Bréfritari: Aðalbjartur Bjarnason (Albert Arnason)
Dagsetning: A-1884-07-29
Skrifað á: Vesturheimi

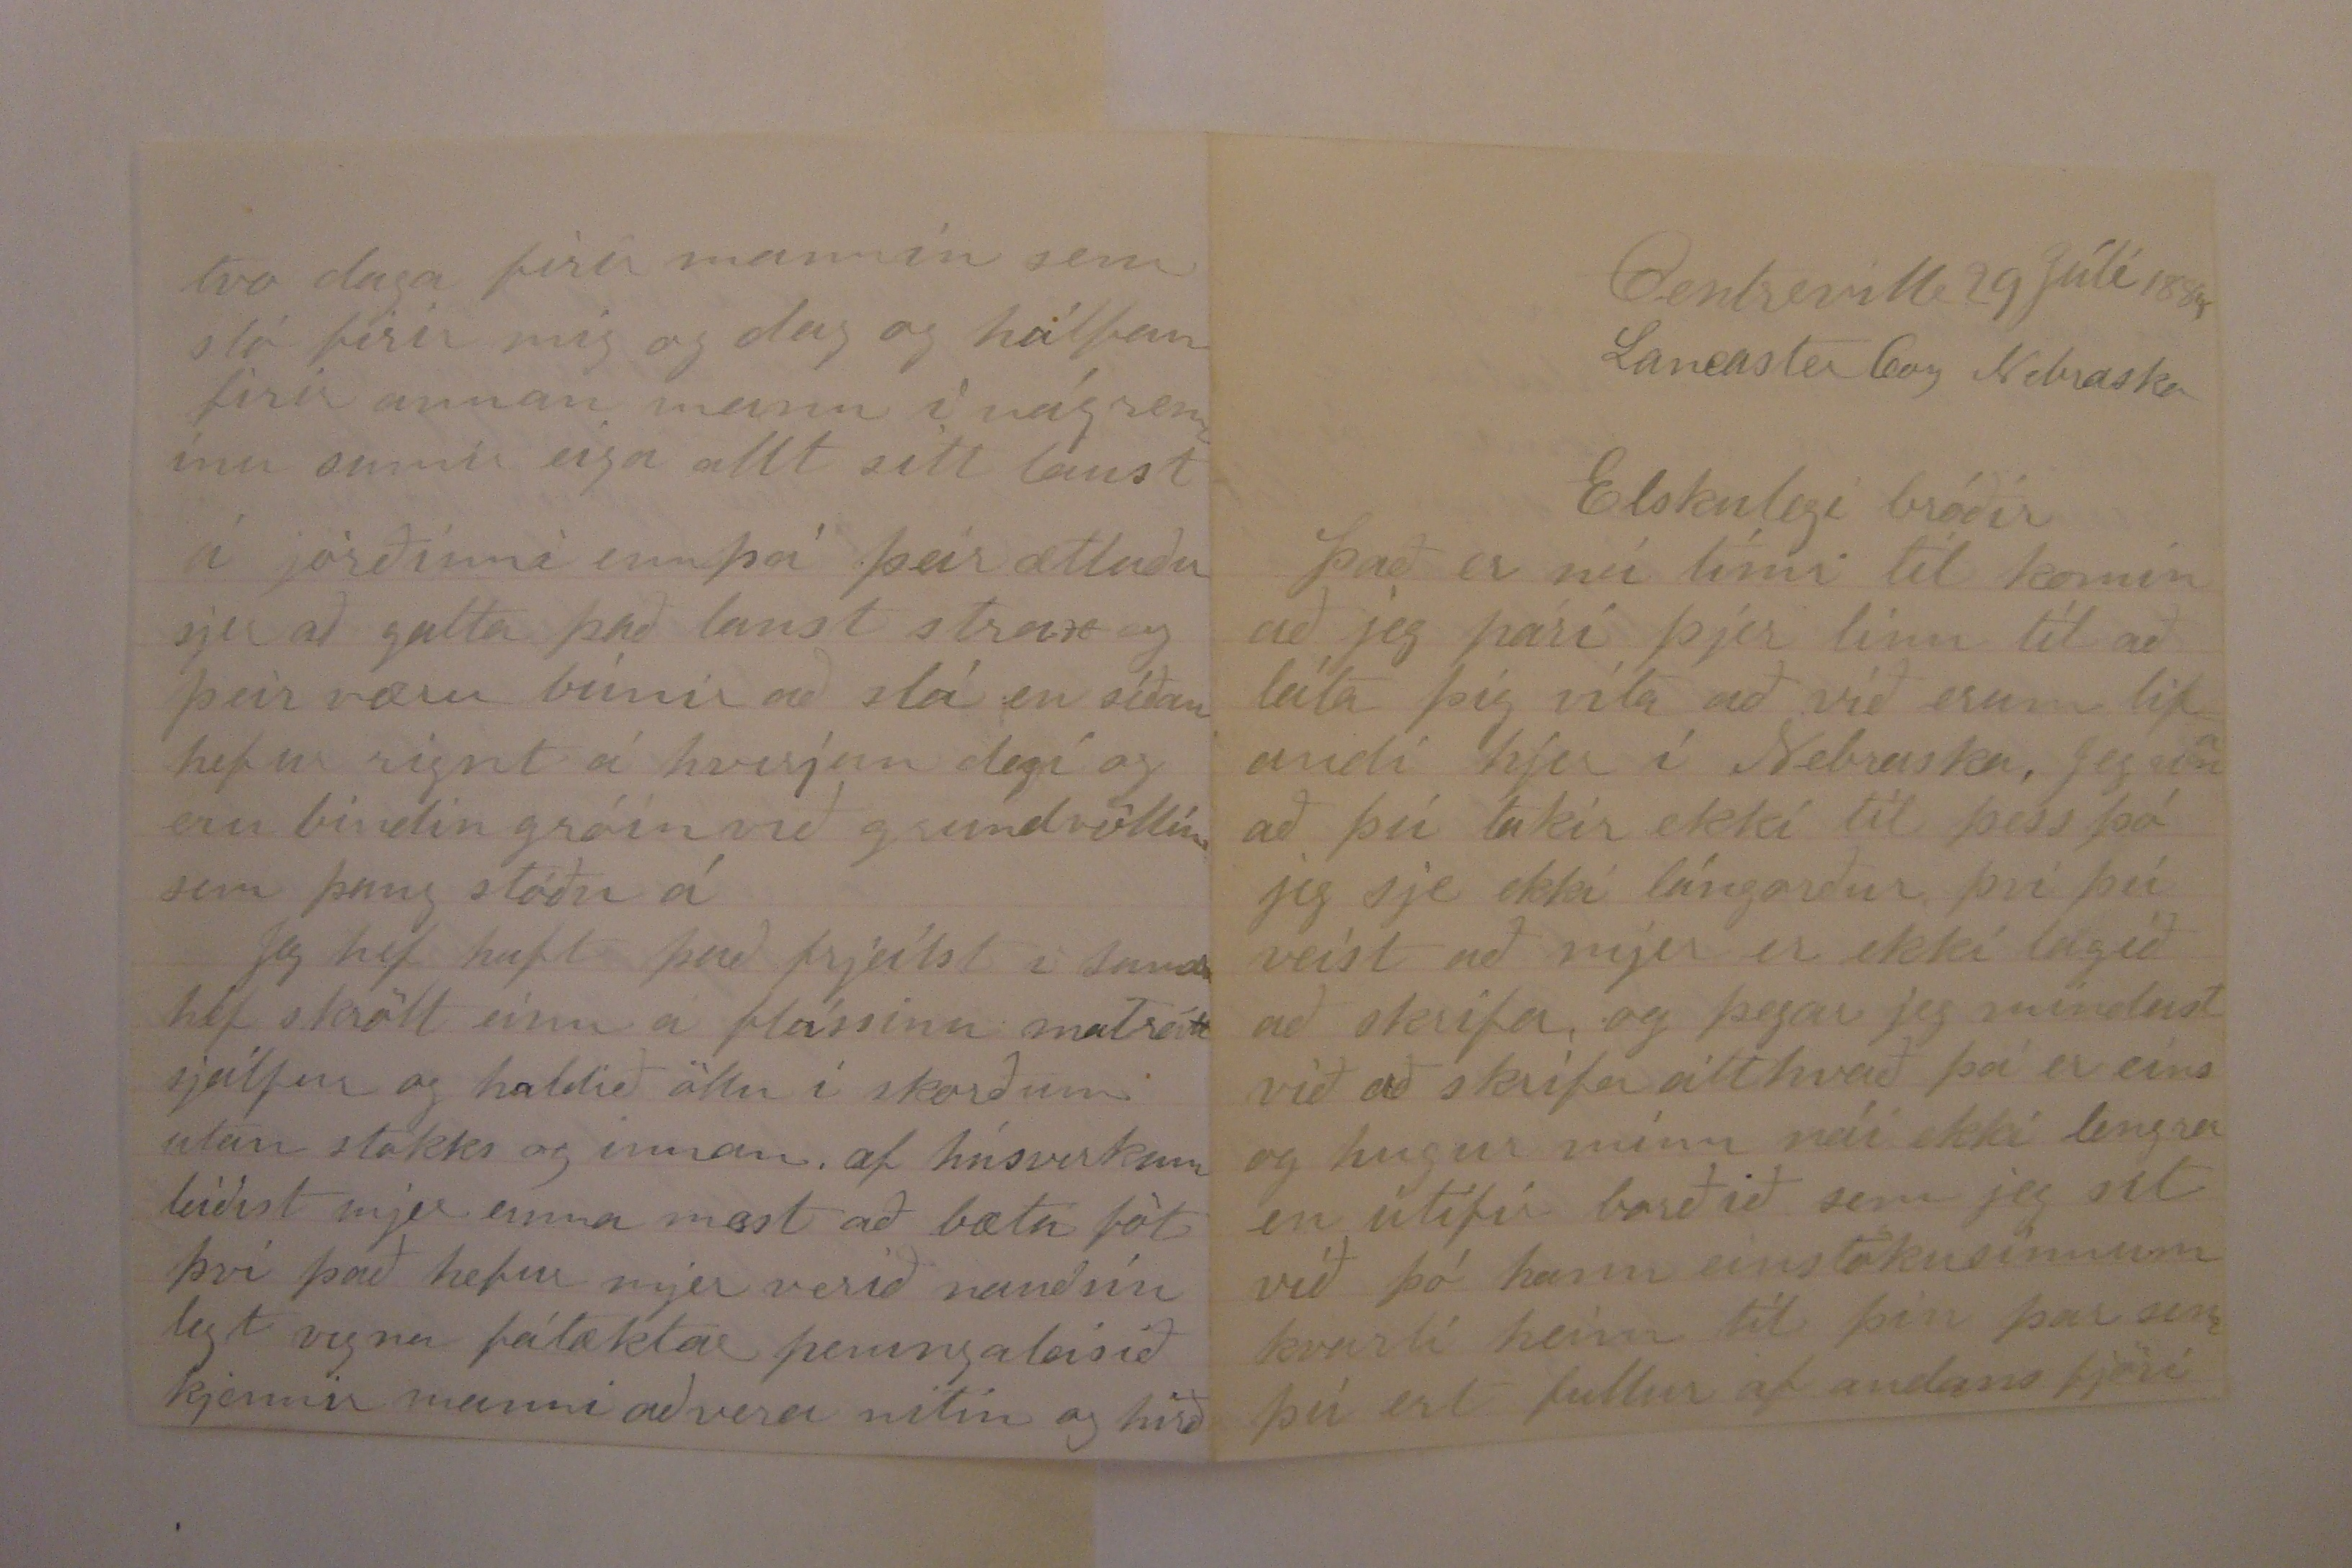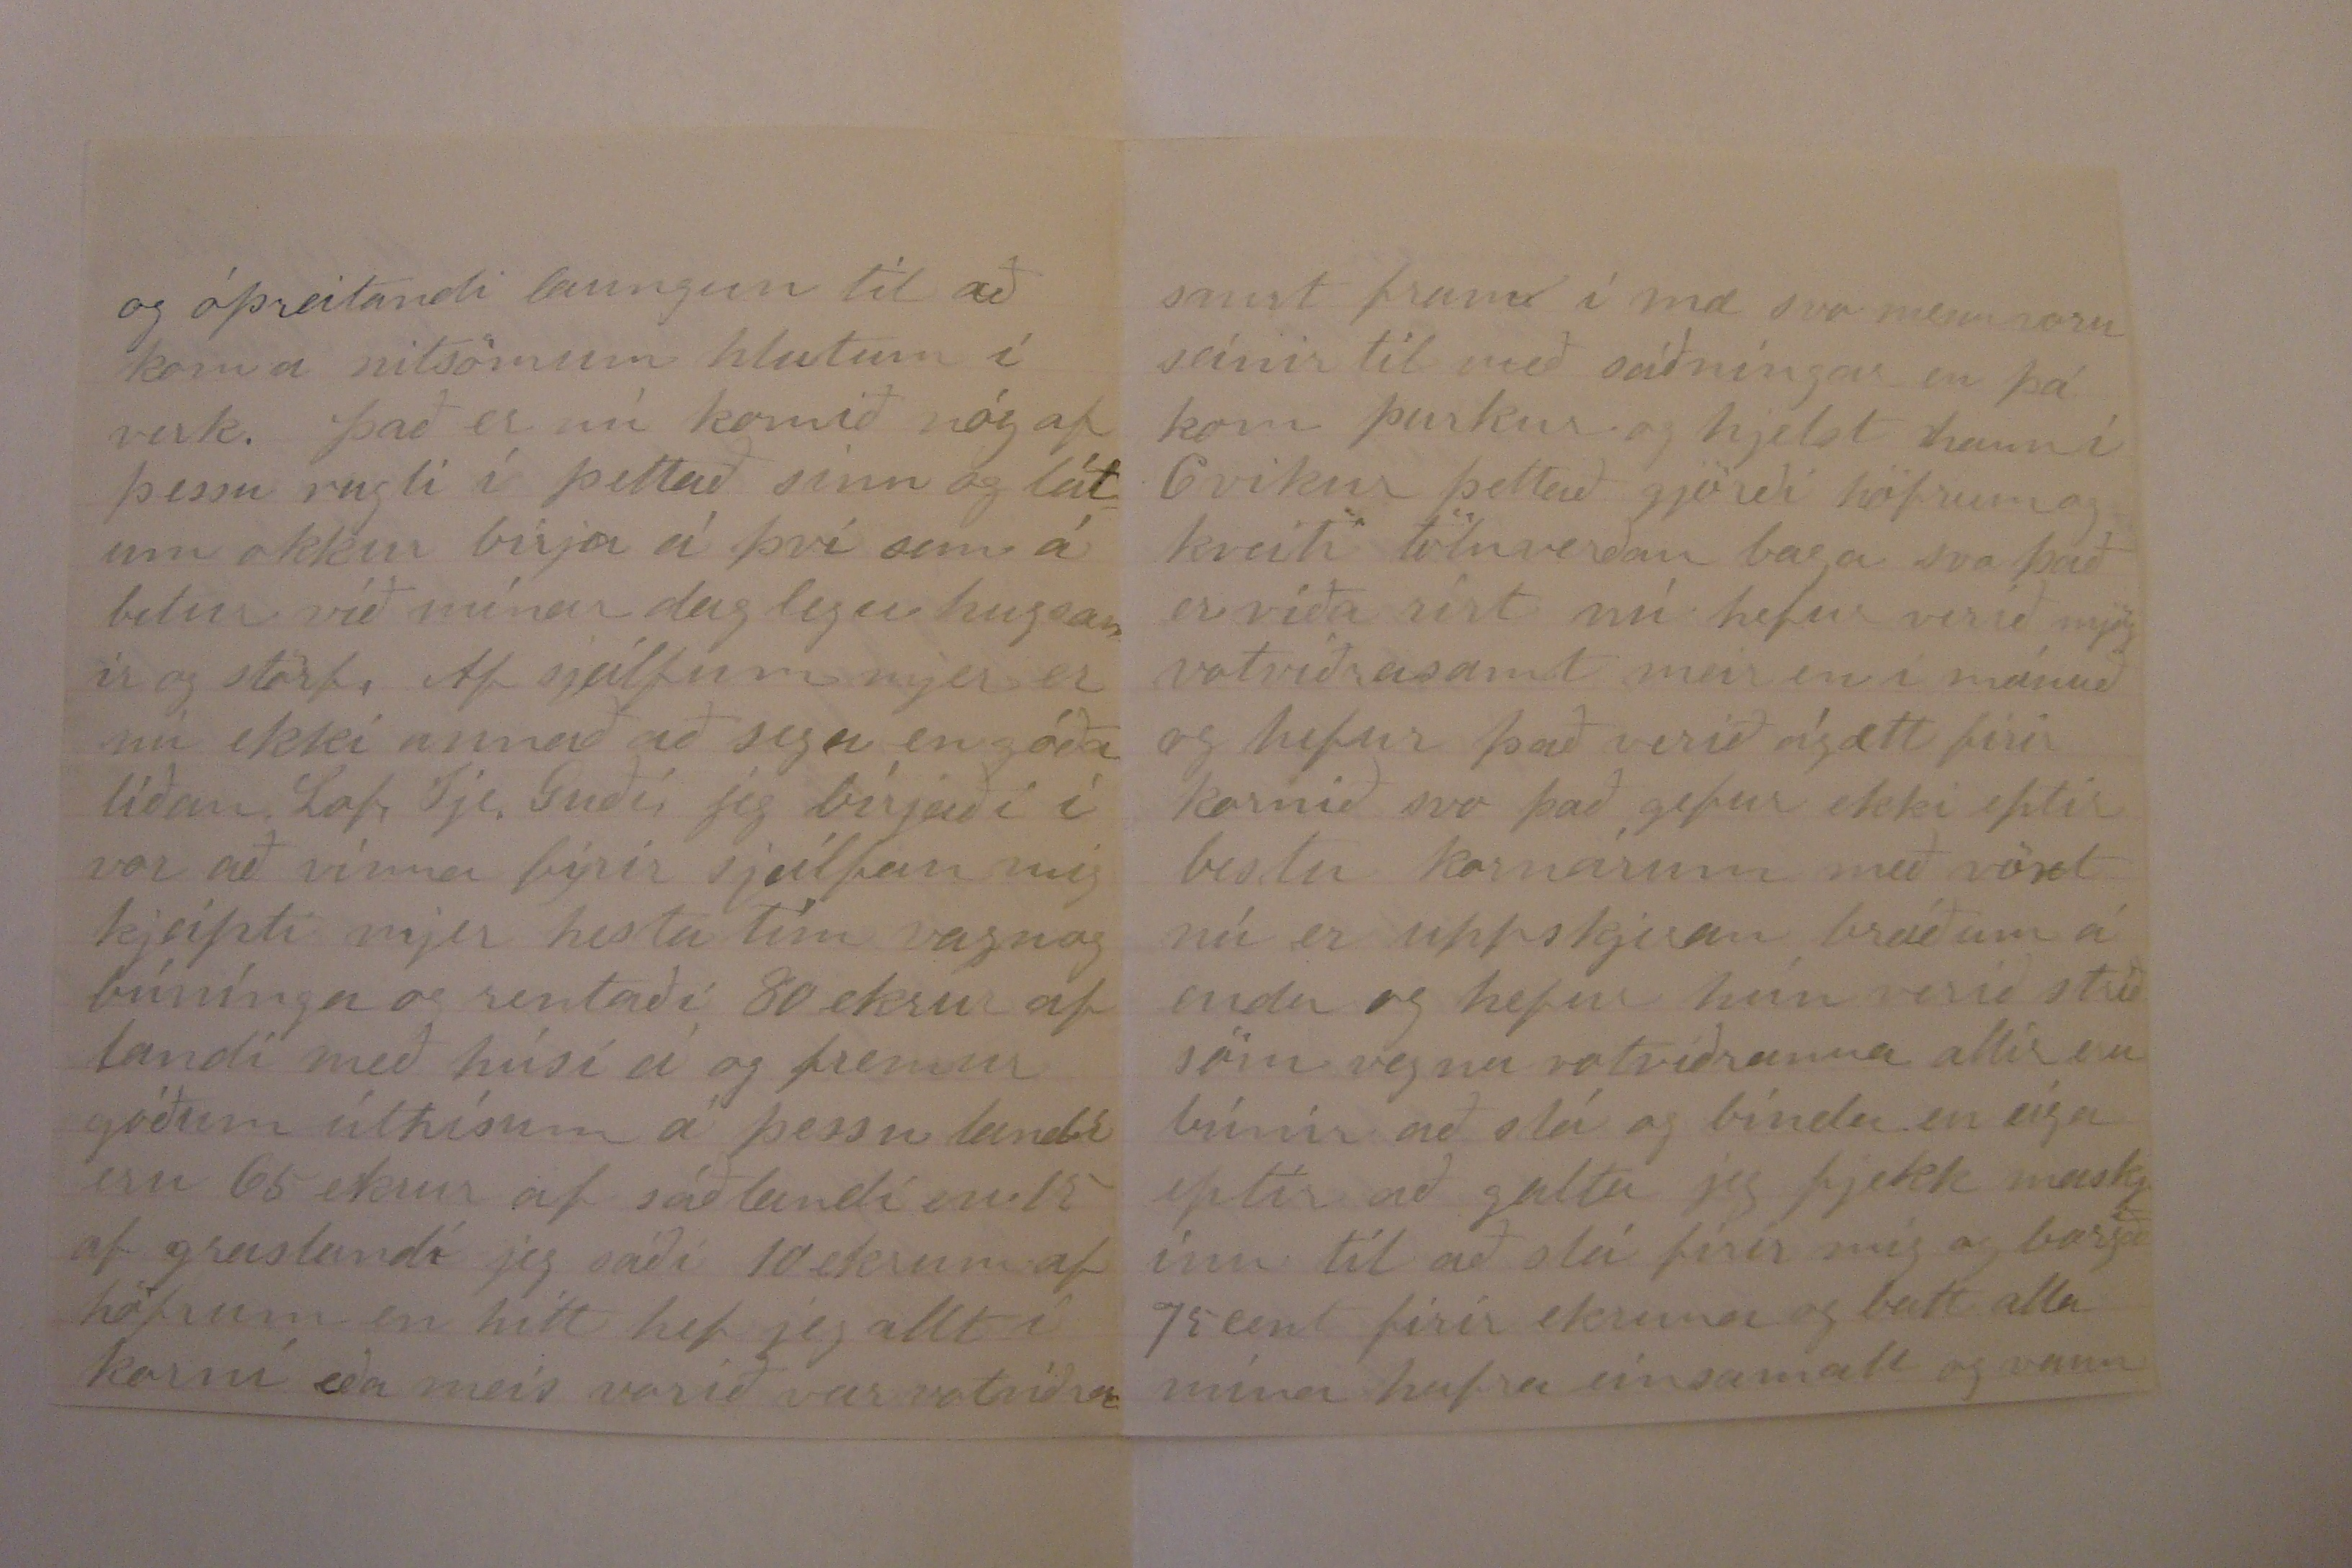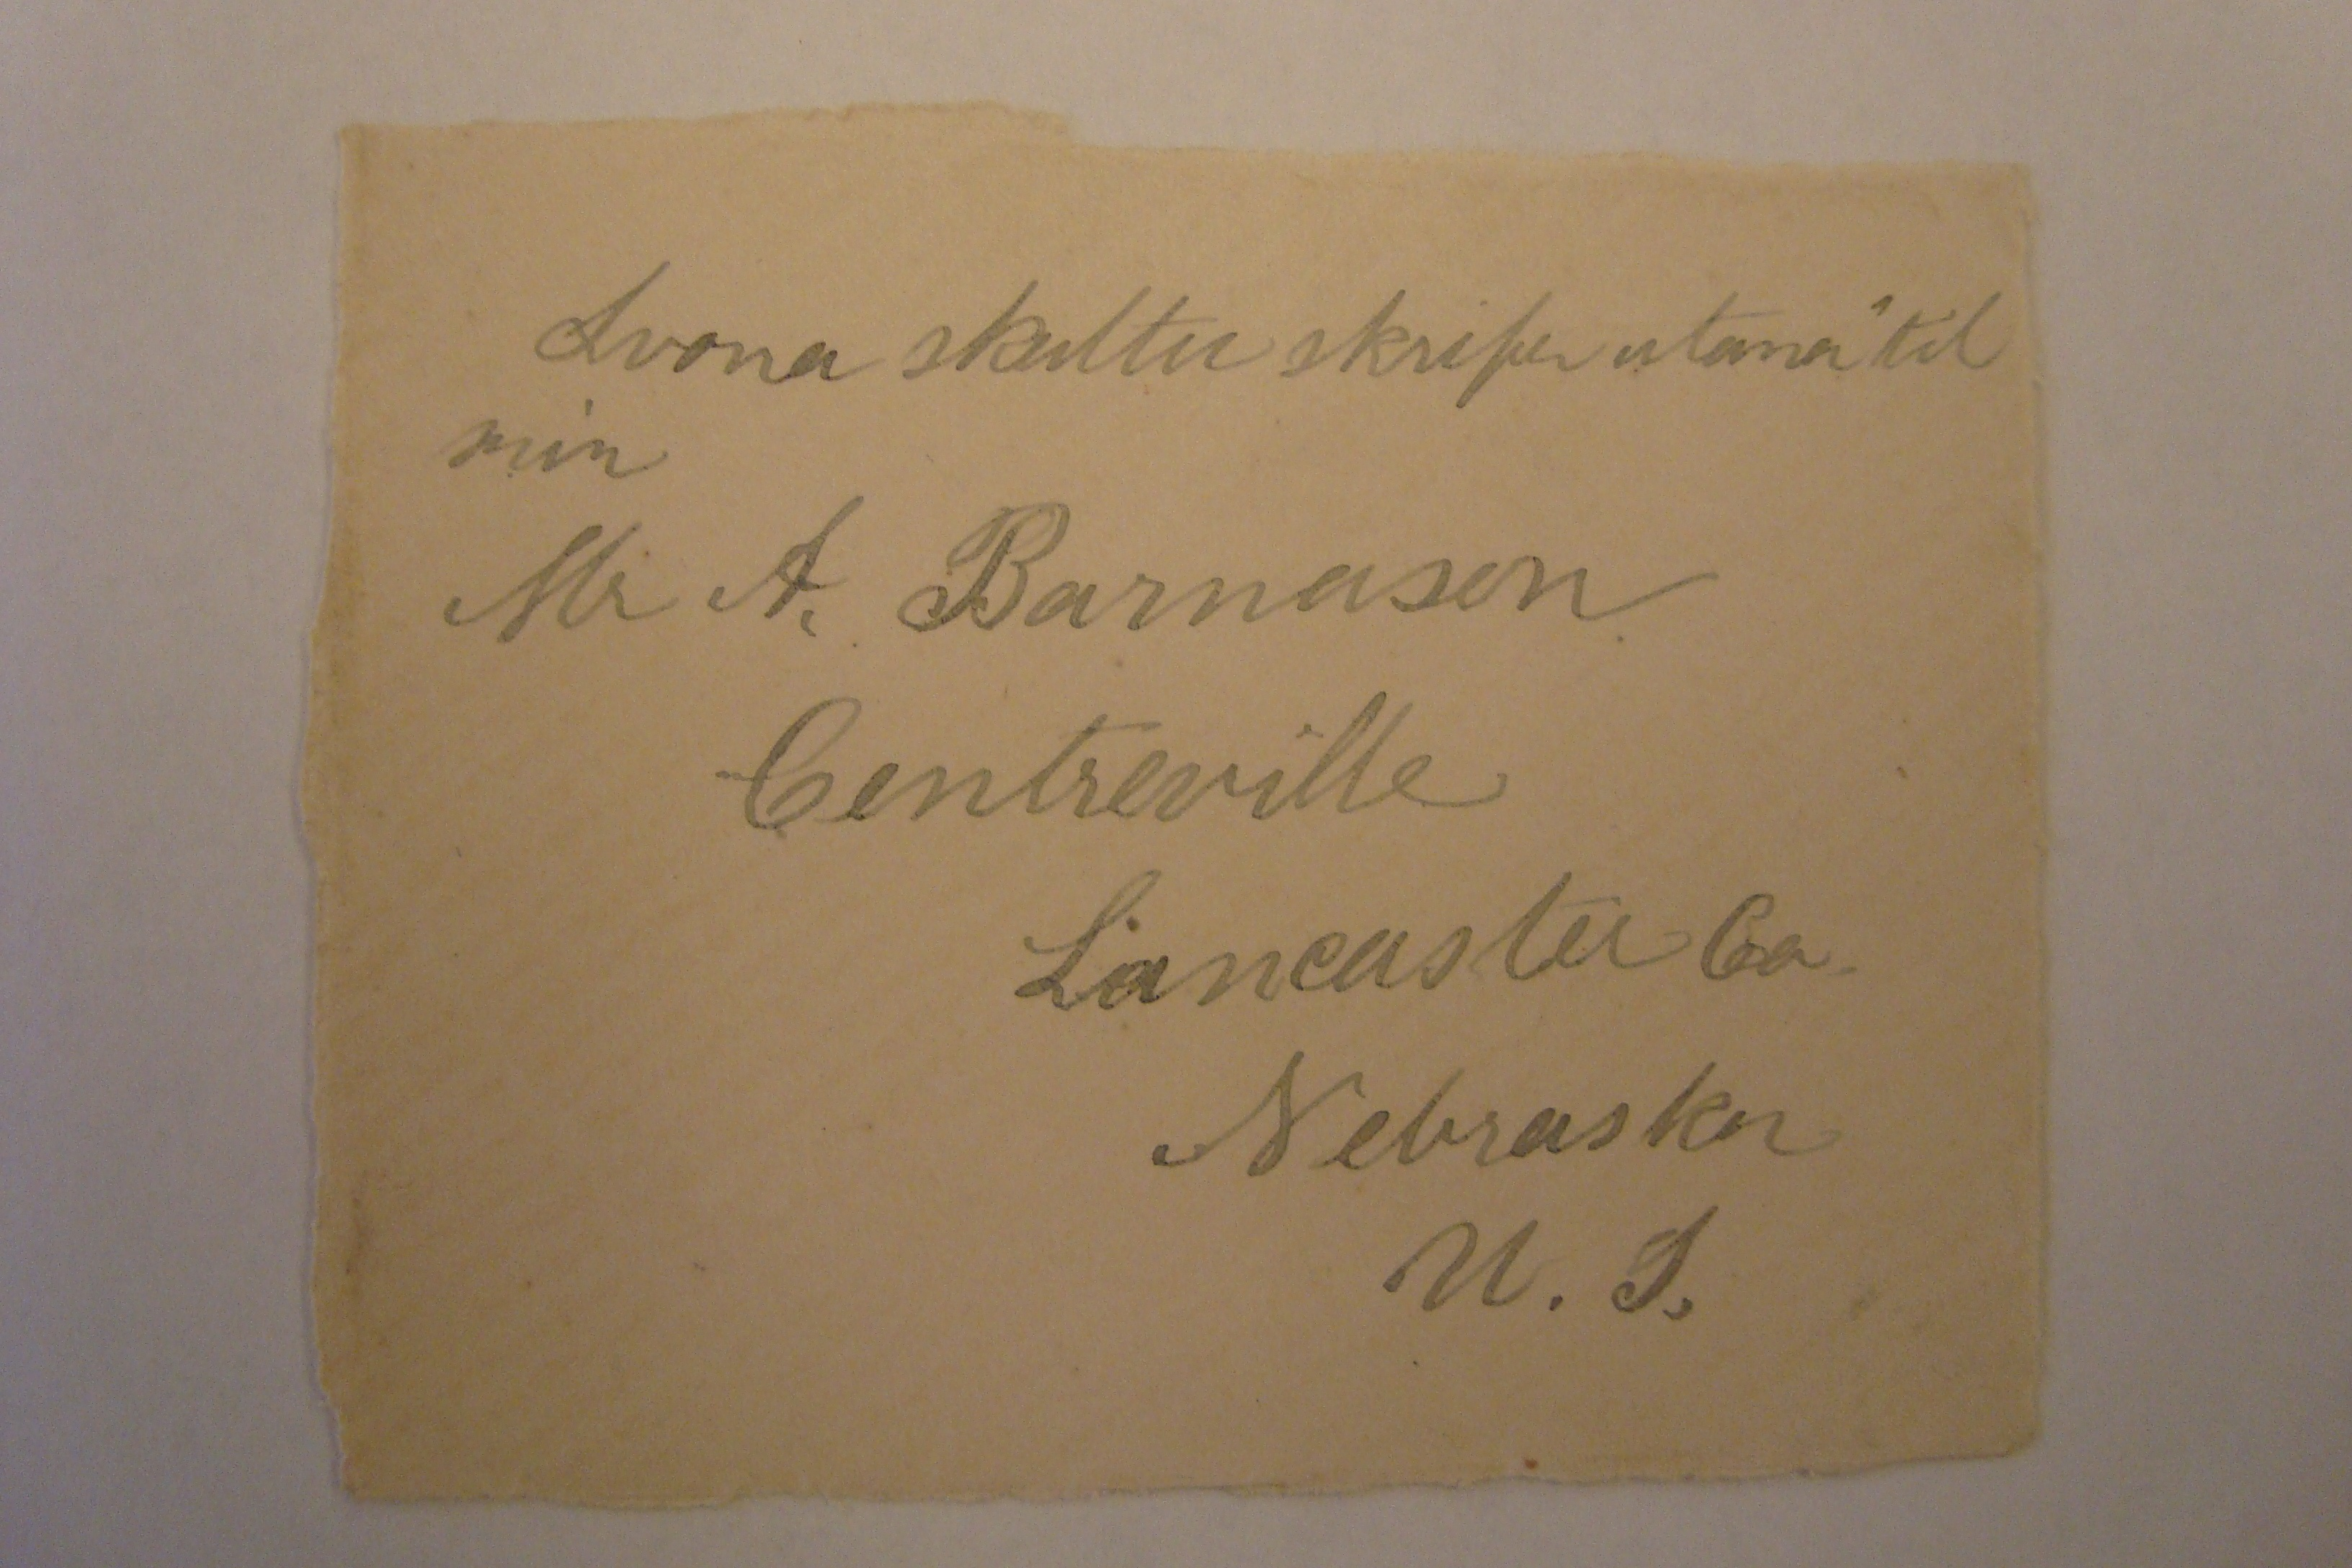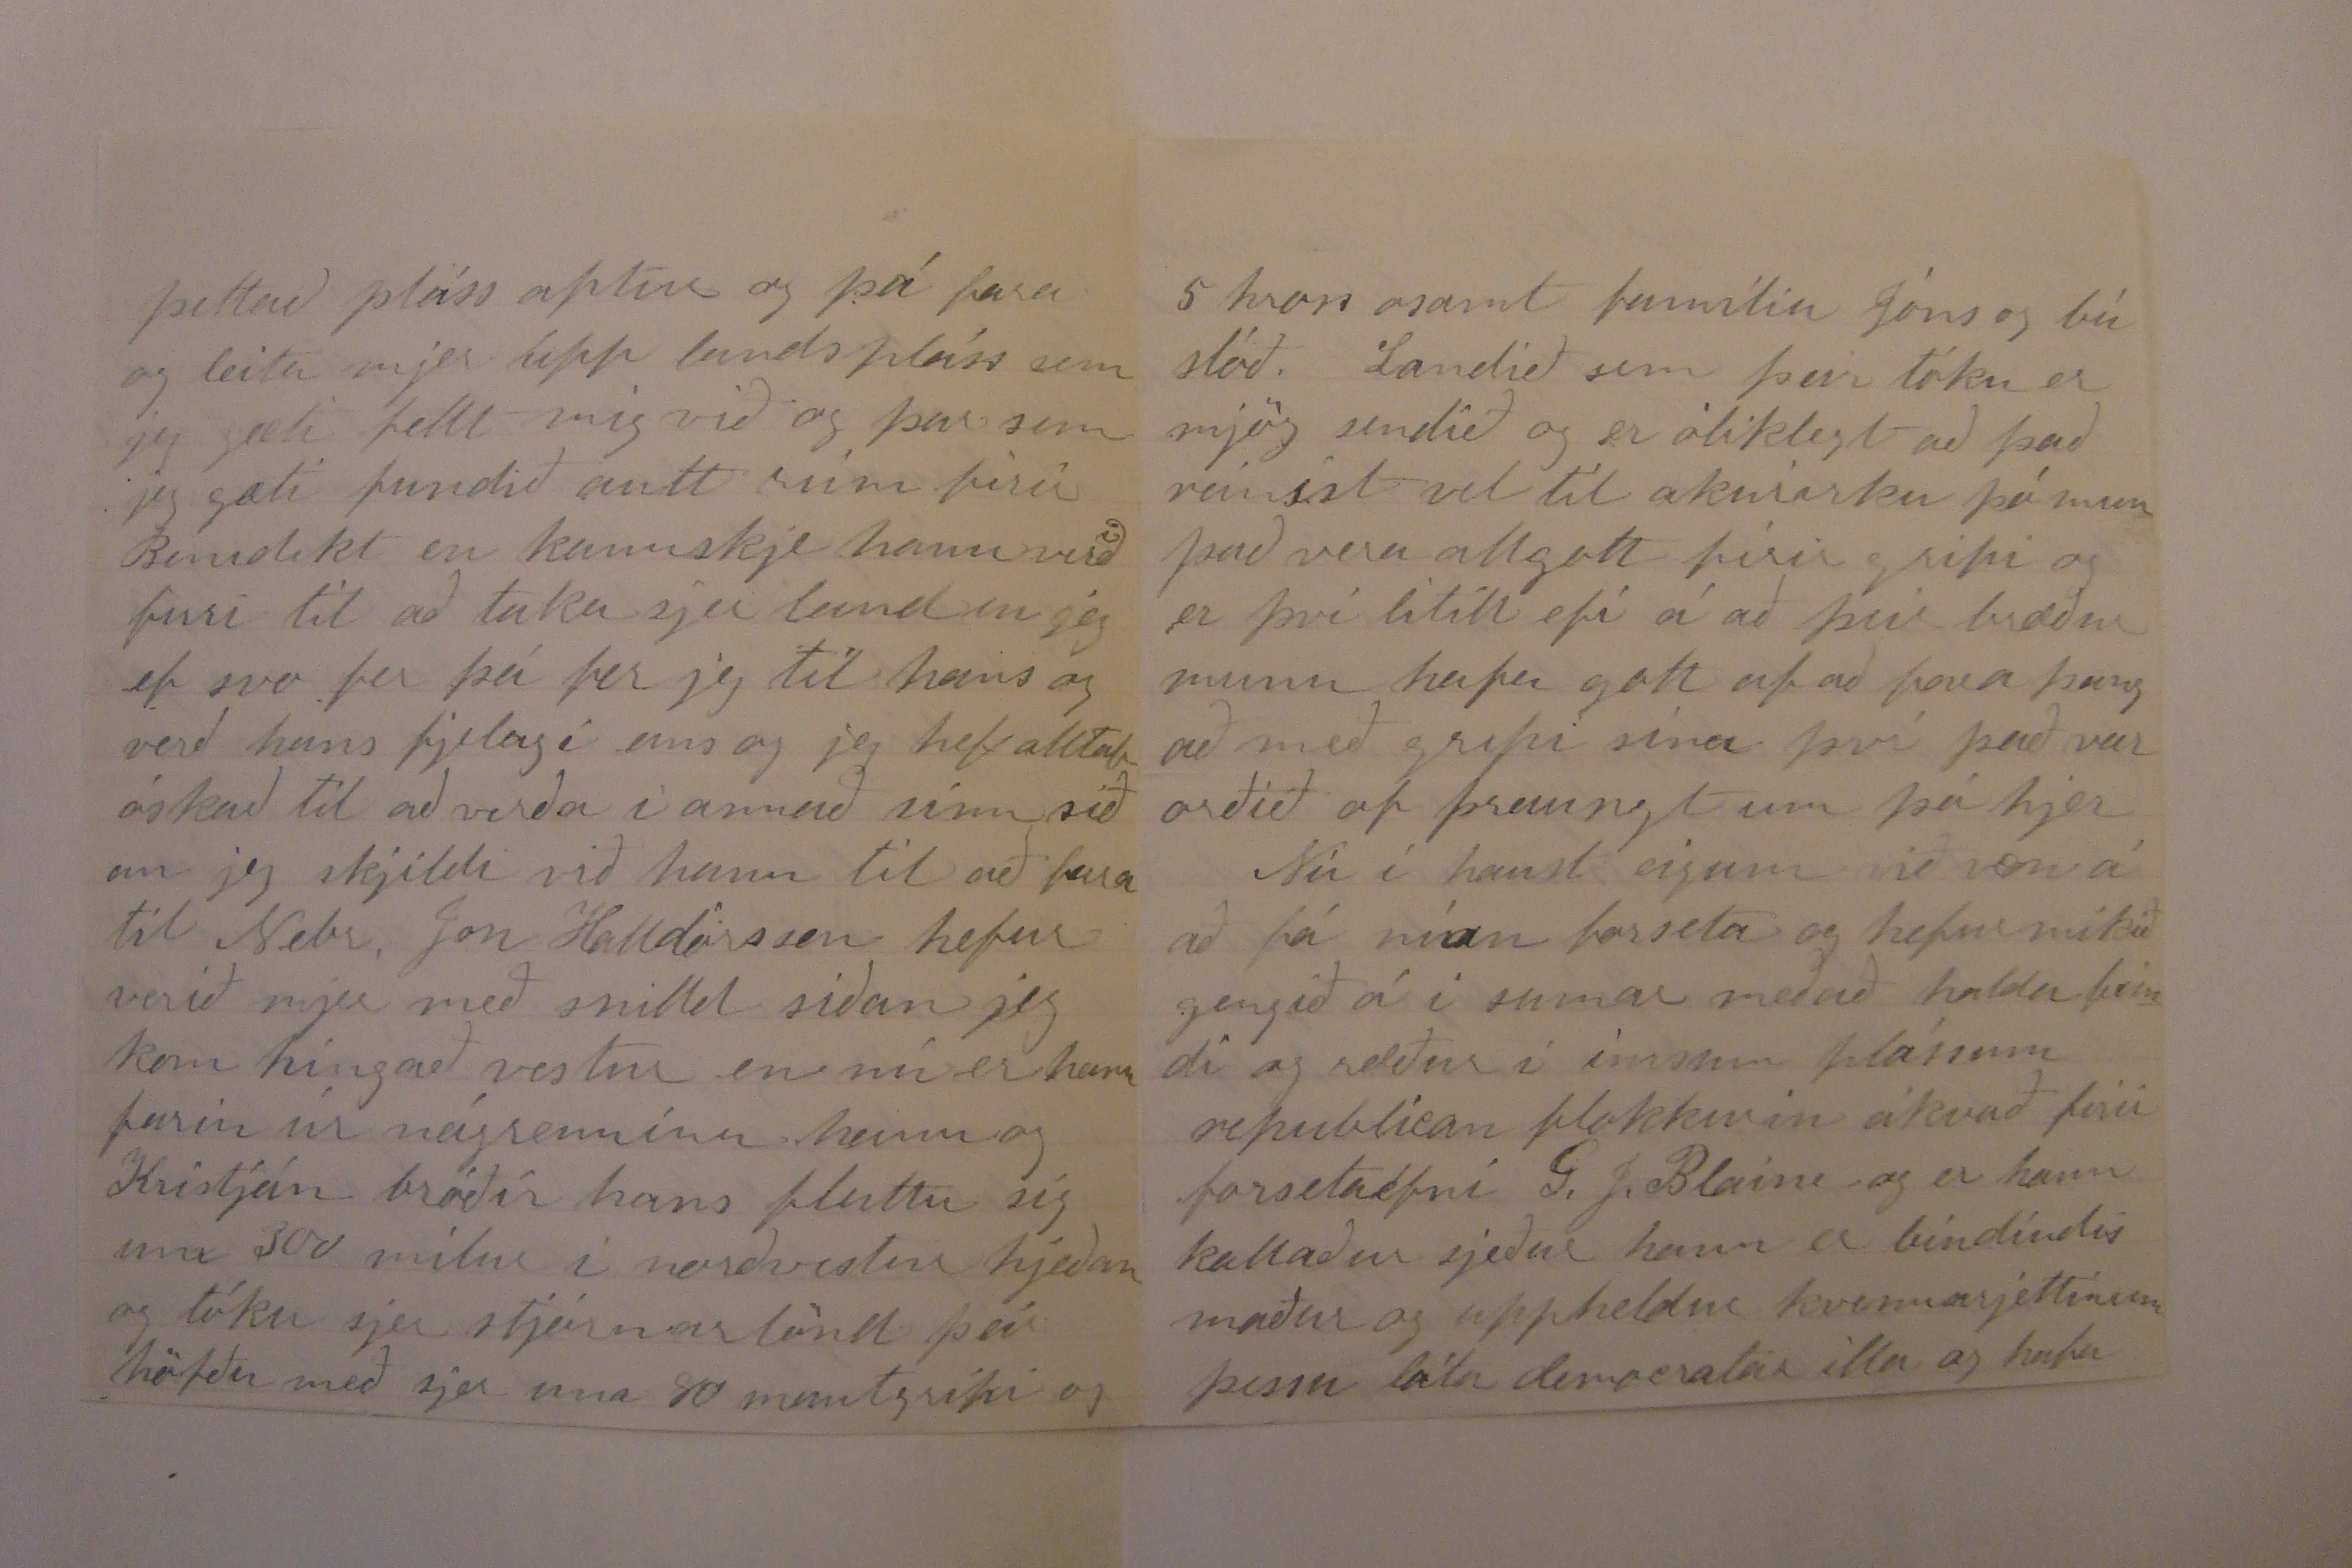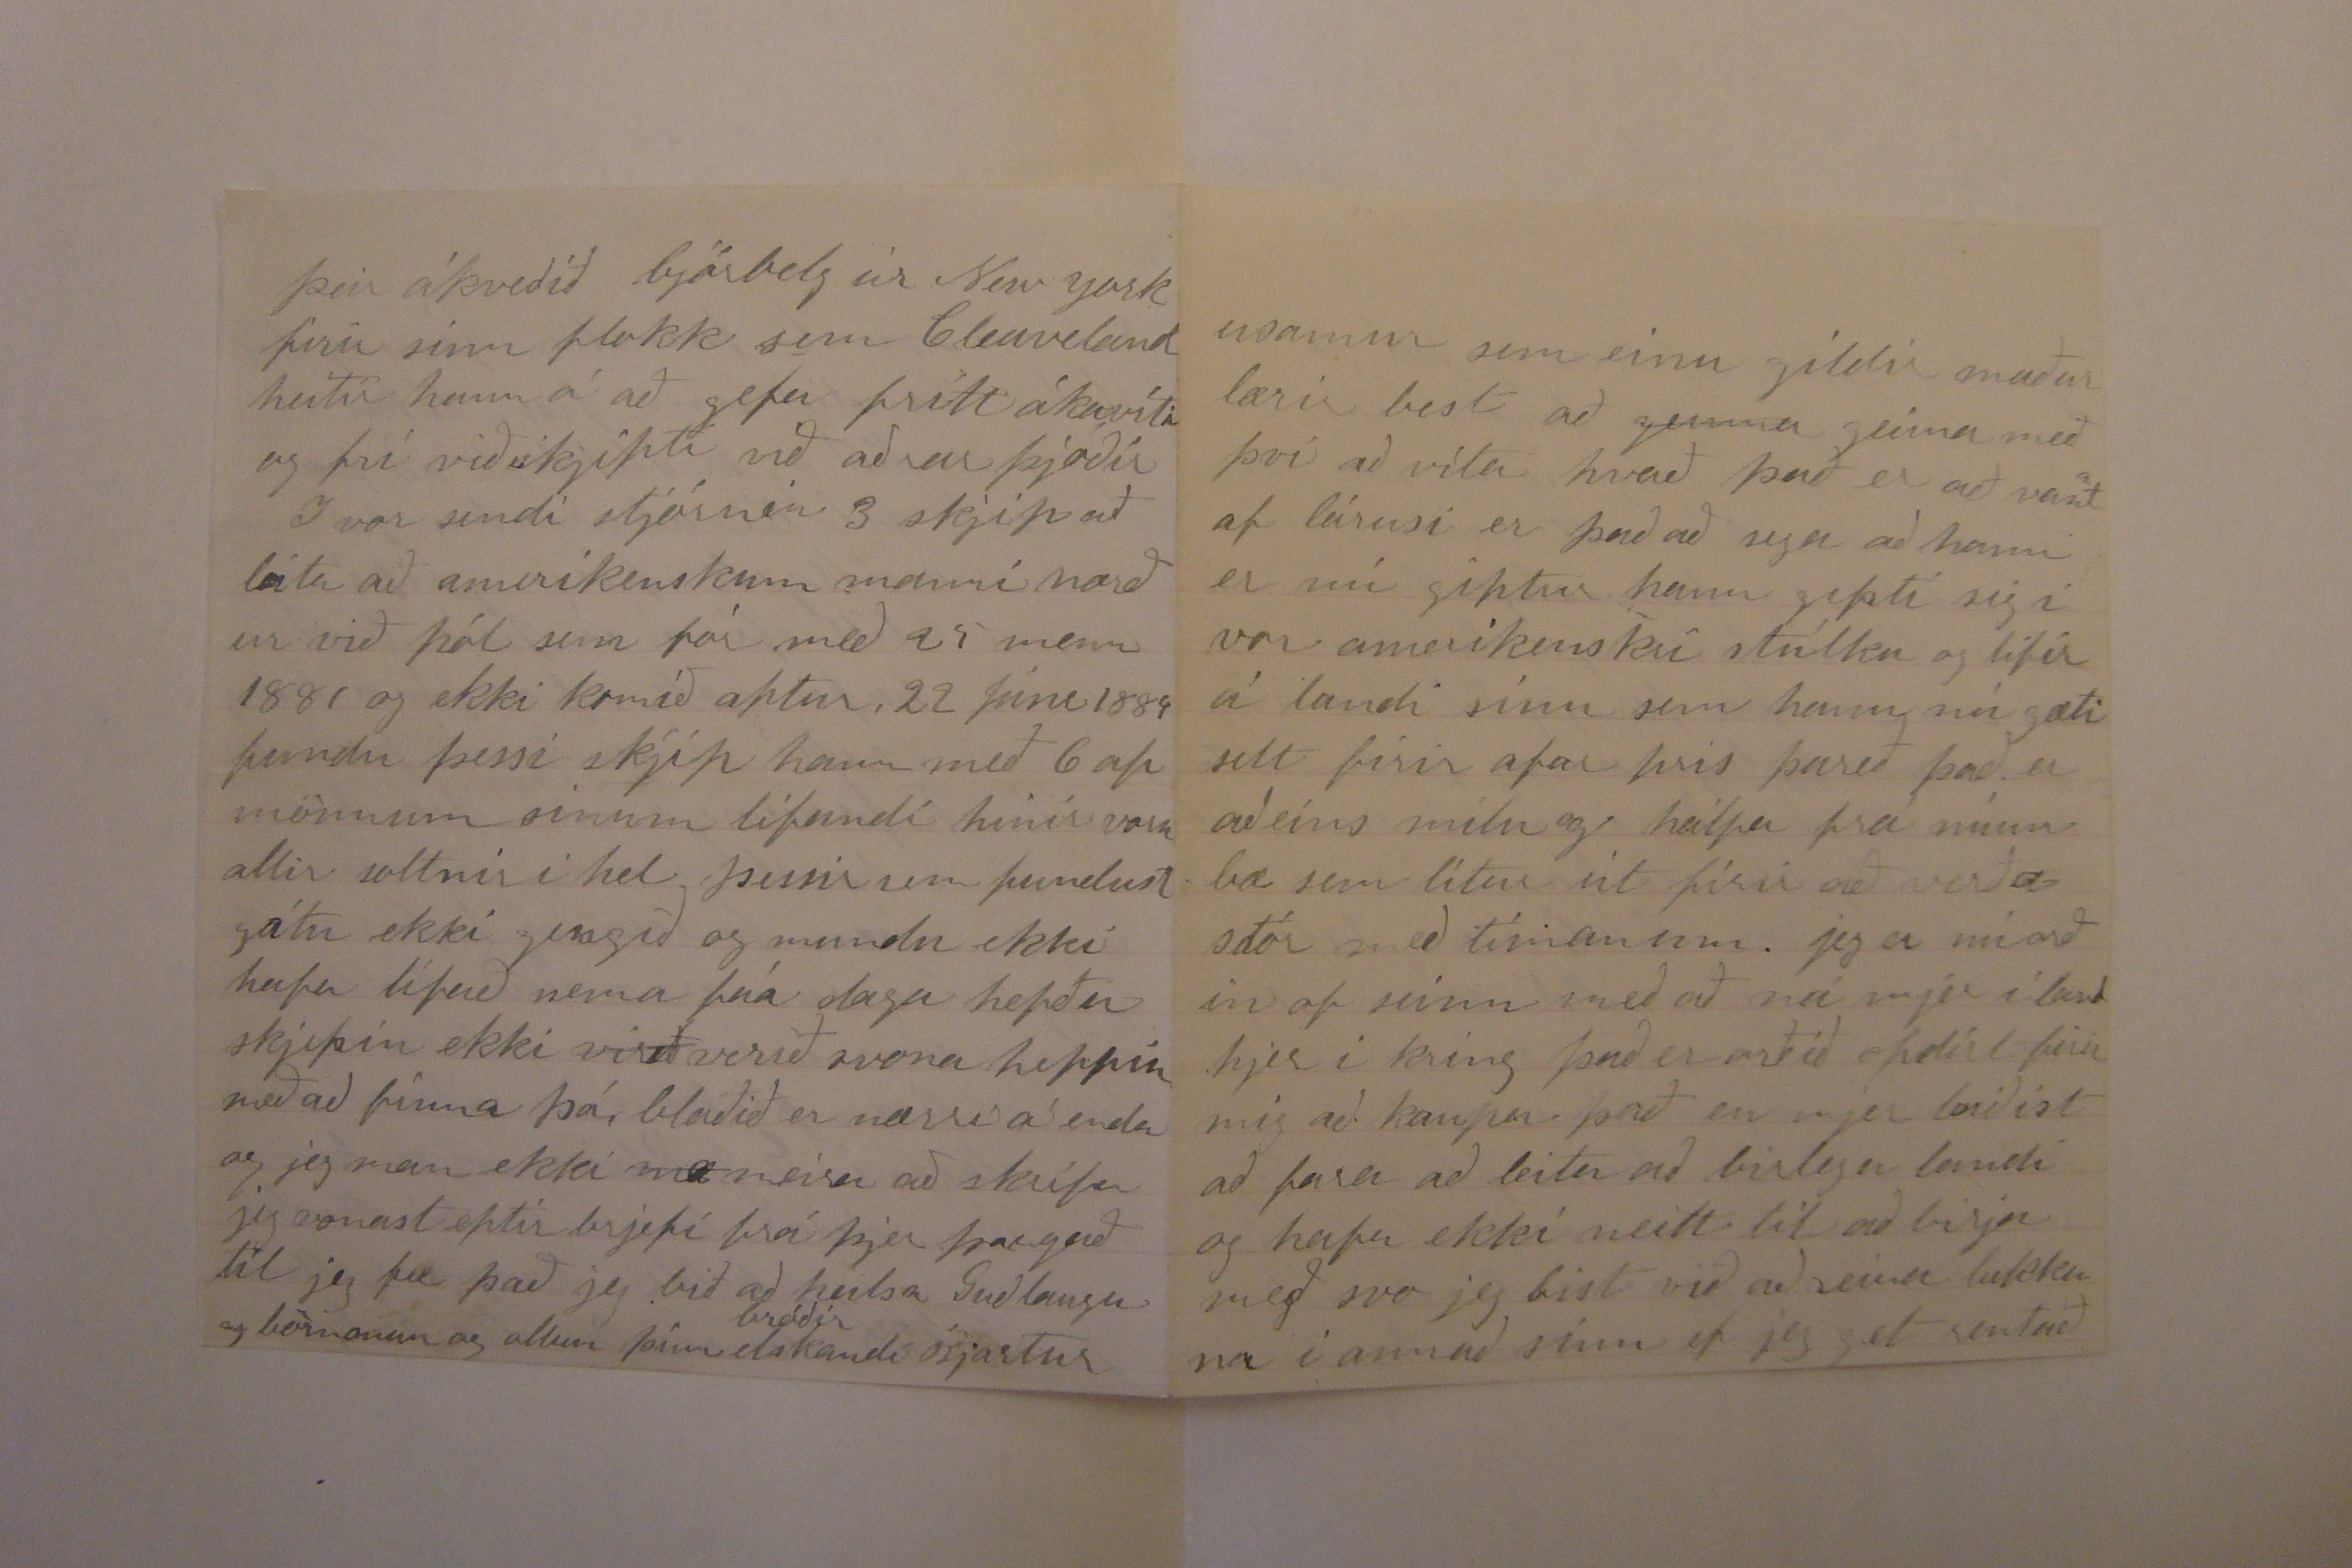

Centreville 29 Júlí 1884 Lancaster Coy Nebraska
Elskulegi bróðir
Það er nú tími til komin að jeg pári þjer línu til að láta þig vita að við erum lifandi hjer í Nebraska. Jeg von
a
að þú takir ekki til þess þá jeg sje ekki til þess þá jeg sje ekki lángorður því þú veist að mjer er ekki lagið að skrifa, og þegar jeg mindast við að skrifa eitthvað þá er eins og hugur minn nái ekki lengra en útifir borðið sem jeg sit við þó
komi
einstökusinnum
kvarti
heim til þín þar sem þú ert fullur af andans fjöri
og óþreitandi laungun til að koma nitsömum hlutum í verk. það er nú komið nóg af þessu rugli í þettað sinn og látum okkur birja á því sem á betur við mínar daglegu hugsanir og störf. Af sjálfum mjer er nú ekki annað að sega en góða líðan Lof Sje Guði jég birjaði í vor að vinna fyrir sjálfan mig kjeipti mjer hesta
tím vagnog búninga
og rentaði 80 ekrur af landi með húsi á og fremur góðum úthísum á þessu landi eru 65 ekrur af sáðlandi en 15 af graslandi jeg sáði 10 ekrum af höfrum en hitt hef jeg allt í korni eða meir
varið
var vatnið var
samt framar í
md
svo menn voru seinir til með sáðningar en þá kom þurkur og hjelst hann í 6 vikur þettað gjörði höfrum og hveiti töluverðan baga svo það er víða rírt nú hefur verið mjög votviðrasamt meir en í mánuð og hefur það verið ágætt firir kornið svo það gefur ekki eptir bestu kornárum með vöxt nú er uppskjeran bráðum á enda og hefur hún verið stríðsöm vegna votvirðanna allir eru búnir að slá og binda en eiga eptir að galta jeg fjekk maskjinu til að slá firir mig og borgað 75 cent firir ekrunar og batt alla mína hafra einsamall og vann
tvo daga firir mannin sem sló firir mig og dag og hálfan firir annan mann í nágreninu sumir eiga allt sitt laust á jörðinni ennþá þeir ætluðu sjer að galta það laust strax og þeir væru búnir að slá en síðan hefur rignt á hverjum degi og eru bindin gróin við og grundvöllinn sem þaug stóðu á
Jeg hef haft það frjálst í
sumar
jef skrölt einn á plássinu matreitt sjálfur og haldið öllu í skorðum utan stakks og innan af húsverkum leiðist mjer einna mest að bæta föt því það hefur mjer verið nauðsinlegt vegna fátæktar peningaleisið kjennir manni að vera nitin og hirð
usamur sem einu gildir maður lærir best að
geima
geima með því að vita hvað það er að vant
a
af lárusi er það að sega að hann er nú giptur hann gipti sig í vor ameríkansri stúlku og lifir á landi sínu sem hann nú gæti selt firir afar pris þareð það er aðeins mílu og hálfa frá mínum bæ sem lítur út firir að verða stór með tímanum jeg er nú orðin of seinn með að ná mjer í land hjer í kring það er orðið of dírt firir mig að kaupa það en mjer leiðist að fara að leita að birlegu landi og hafa ekki neitt til að birja með svo jeg bist við að reina lukkuna í annað sinn ef jeg get rentað
þettað pláss aptur og þá fara og leita upp landspláss sem jeg gæti fellt mig við og þar sem jeg gæti fundið autt rúm firir Benedikt en kannskje hann verð
i
firri til að taka sjer land en jeg ef svo fer þá fer jeg til hans og verð hans fjelagi eins og jeg hef alltaf óskað til að verða í annað sinn síðan jeg skjildi við hann til að fara til Nebr. Jon Halldórsson hefur verið mjer með snilld síðan jeg kom hingað vestur en nú er hann farin úr nágrenninu hann og Kristján bróðir hans fluttu sig um 300 mílur í norðvestur hjeðan og tóku sjer stjórnarlönd þeir höfðu með sjer um 80 nautgripi og
5 hross asamt famílíu Jóns og búslóð. Landið sem þeir tóku er mjög sendið og er ólíklegt að það reinist vel til akurirku þá mun það vera allgott firir gripi og er því lítill efi á að þeir bræður muni hafa gott af að fara þangað með gripi sína því það var orðið of þraungt um þá hjer
Nú í haust eigum við von á að fá nían forseta og hefur mikið gengið á í sumar með að halda fundi og ræður í ímsum plássum republican flokkurin ákvað firir forsetaefni G. J. Blaine og er hann kallaður sjeður hann er bindindis maður og uppheldur kvennarjettinum þessu láta democratar illa og hafa
þeir ákveðið
bjórbelg
úr New york firir sinn flokk sem Cleaveland heitir hann á að gefa frítt ákavíti og frí viðskjipti við aðrar þjóðir
I vor sendi stjórnin 3 skjip að leita að amerikanskum manni norður við pól sem fór með 25 menn 1881 og ekki komið aptur. 22 Júni 1884 fundu þessi skjip hann með 6 af mönnum sínum lifandi hinir voru allir rottnir í hel þessir sem fundust gátu ekki gengið og mundu ekki hafa lifað nema fáa daga hefðu skjipin ekki
virið
verið svona heppin með að finna þá, blaðið er nærri á enda og jeg man ekki
me
meira að skrifa jeg vonast eptir brjefi frá þjer þangað til jeg fæ það jeg bið að heilsa Guðlaugu og börnonum og ollum þinn elskandi
bróðir
Bjartur